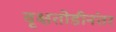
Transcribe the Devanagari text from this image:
वृक्षतोडीनंतर